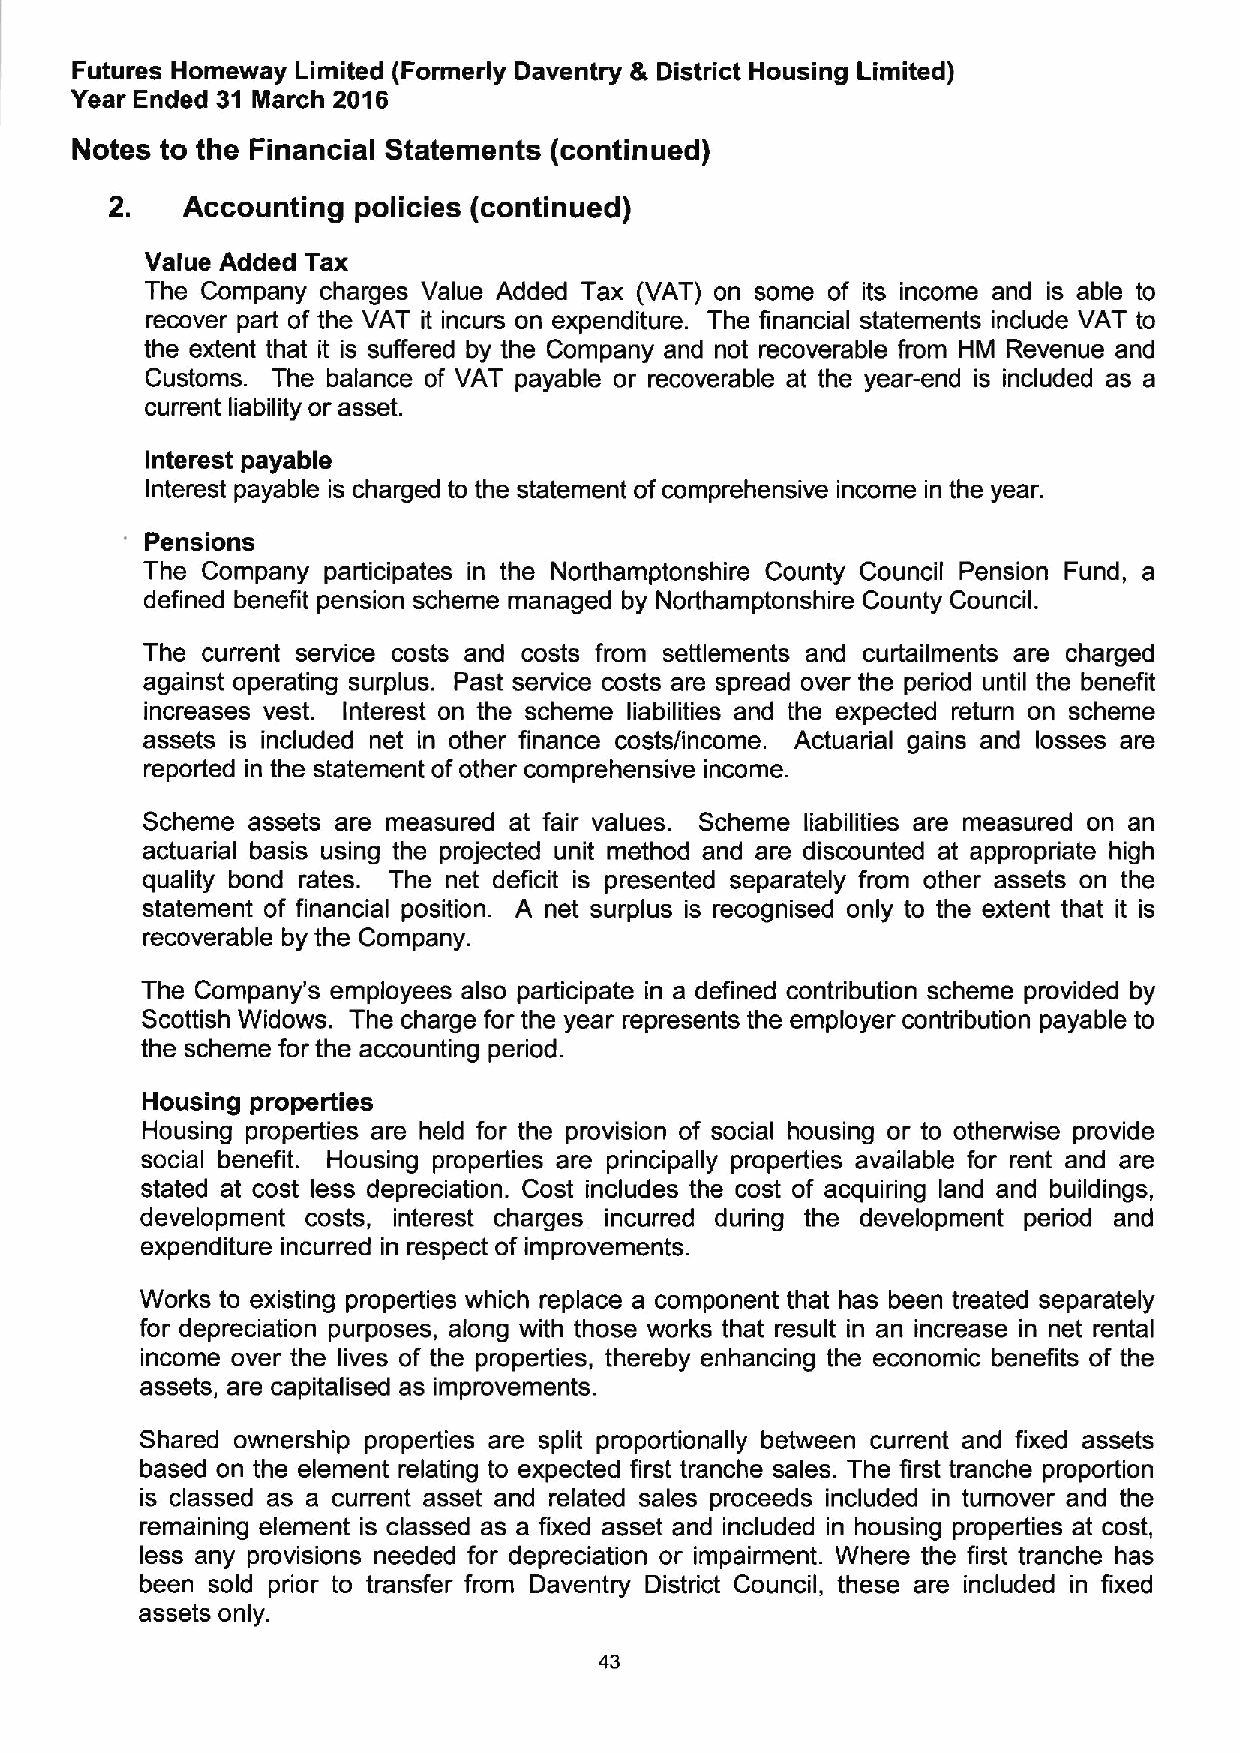
Futures Homeway Limited (Formerly Daventry 8 District Housing Limited)
 Year Ended 31 March 2016
 Notes to the Financial Statements (continued)
 2.   Accounting policies (continued)
 Value Added Tax
 The Company charges Value Added Tax (VAT) on some of its income and is able to
 recover part of the VAT it incurs on expenditure. The financial statements include VAT to
 the extent that it is suffered by the Company and not recoverable from HM Revenue and
 Customs. The balance of VAT payable or recoverable at the year-end is included as a
 current liability or asset.
 Interest payable
 Interest payable is charged to the statement ofcomprehensive income in the year.
 Pensions
 The Company participates in the Northamptonshire County Council Pension Fund, a
 defined benefit pension scheme managed by Northamptonshire County Council.
 The current service costs and costs from settlements and curtailments are charged
 against operating surplus. Past service costs are spread over the period until the benefit
 increases vest. Interest on the scheme liabilities and the expected return on scheme
 assets is included net in other finance costs/income. Actuarial gains and losses are
 reported in the statement ofother comprehensive income.
 Scheme assets are measured at fair values. Scheme liabilities are measured on an
 actuarial basis using the projected unit method and are discounted at appropriate high
 quality bond rates. The net deficit is presented separately from other assets on the
 statement of financial position. A net surplus is recognised only to the extent that it is
 recoverable by the Company.
 The Company's employees also participate in a defined contribution scheme provided by
 Scottish Widows. The charge for the year represents the employer contribution payable to
 the scheme for the accounting period.
 Housing properties
 Housing properties are held for the provision of social housing or to otherwise provide
 social benefit. Housing properties are principally properties available for rent and are
 stated at cost less depreciation. Cost includes the cost of acquiring land and buildings,
 development costs, interest charges incurred during the development period and
 expenditure incurred in respect of improvements.
 Works to existing properties which replace a component that has been treated separately
 for depreciation purposes, along with those works that result in an increase in net rental
 income over the lives of the properties, thereby enhancing the economic benefits of the
 assets, are capitalised as improvements.
 Shared ownership properties are split proportionally between current and fixed assets
 based on the element relating to expected first tranche sales. The first tranche proportion
 is classed as a current asset and related sales proceeds included in turnover and the
 remaining element is classed as a fixed asset and included in housing properties at cost,
 less any provisions needed for depreciation or impairment. Where the first tranche has
 been sold prior to transfer from Daventry District Council, these are included in fixed
 assets only.
 43